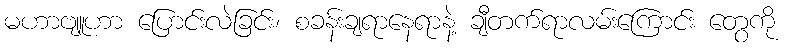
မဟာဗျူဟာ ပြောင်းလဲခြင်း၊ စခန်းချရာနေရာနဲ့ ချီတက်ရာလမ်းကြောင်း တွေကို